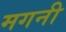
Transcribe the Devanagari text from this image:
मगनी